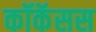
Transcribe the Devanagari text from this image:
कॉकॅसस